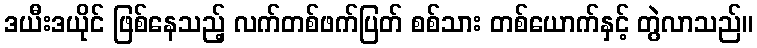
ဒယီးဒယိုင် ဖြစ်နေသည့် လက်တစ်ဖက်ပြတ် စစ်သား တစ်ယောက်နှင့် တွဲလာသည်။